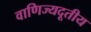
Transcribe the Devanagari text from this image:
वाणिज्यदूतीय